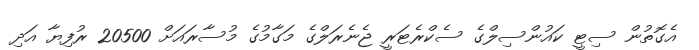
އެގޮތުން ސިޓީ ކައުންސިލްގެ ސެކްރެޓަރީ ޖެނެރަލްގެ މަގާމުގެ މުސާރައަށް 20500 ރުފިޔާ އަދި